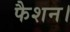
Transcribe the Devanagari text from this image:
फैशन।